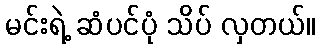
မင်းရဲ့ ဆံပင်ပုံ သိပ် လှတယ်။